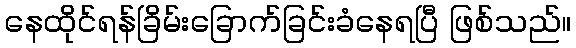
နေထိုင်ရန်ခြိမ်းခြောက်ခြင်းခံနေရပြီ ဖြစ်သည်။